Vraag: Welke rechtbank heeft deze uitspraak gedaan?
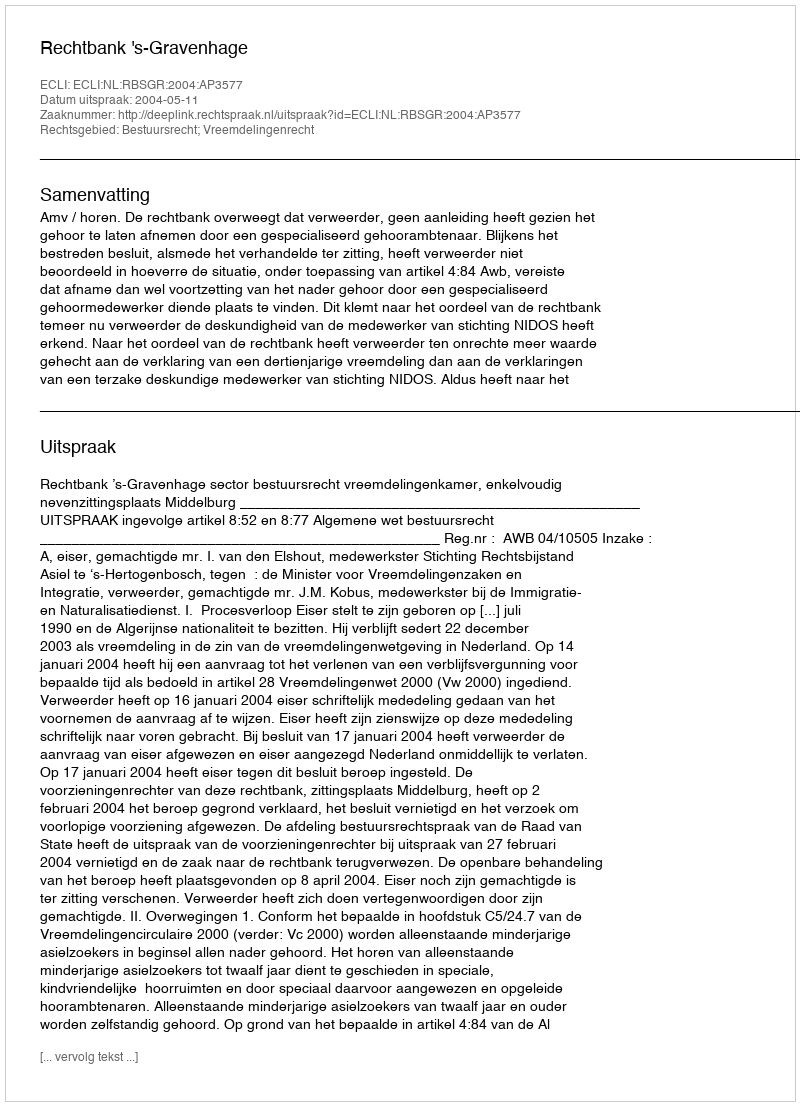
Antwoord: Rechtbank 's-Gravenhage